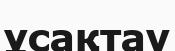
ұсақтау